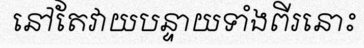
នៅតែវាយបន្ទាយទាំងពីរនោះ